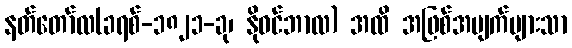
နတ်တော်လ(ခရစ်-၁၈၂၁-ခု၊ နိုဝင်ဘာလ) အထိ အဖြစ်အပျက်များသာ